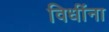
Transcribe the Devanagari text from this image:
विधींना